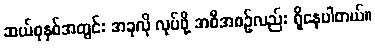
ဆယ်စုနှစ်အတွင်း အခုလို လုပ်ဖို့ အစီအစဉ်လည်း ရှိနေပါတယ်။